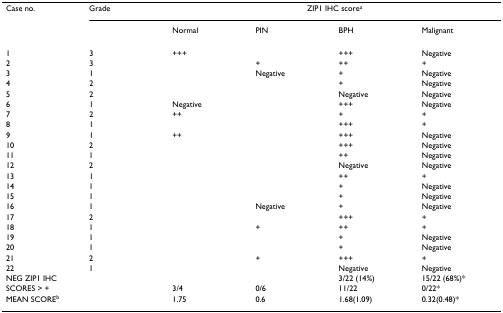
| Case no. | Grade | <COLSPAN=4> ZIP1 IHC scorea |
 |  |  | Normal | PIN | BPH | Malignant |
 | --- | --- | --- | --- | --- | --- |
 | 1 | 3 | +++ |  | +++ | Negative |
 | 2 | 3 |  | + | ++ | + |
 | 3 | 1 |  | Negative | + | Negative |
 | 4 | 2 |  |  | + | Negative |
 | 5 | 2 |  |  | Negative | Negative |
 | 6 | 1 | Negative |  | +++ | Negative |
 | 7 | 2 | ++ |  | + | + |
 | 8 | 1 |  |  | +++ | + |
 | 9 | 1 | ++ |  | +++ | Negative |
 | 10 | 2 |  |  | +++ | Negative |
 | 11 | 1 |  |  | ++ | Negative |
 | 12 | 2 |  |  | Negative | Negative |
 | 13 | 1 |  |  | ++ | + |
 | 14 | 1 |  |  | + | Negative |
 | 15 | 1 |  |  | + | Negative |
 | 16 | 1 |  | Negative | + | Negative |
 | 17 | 2 |  |  | +++ | + |
 | 18 | 1 |  | + | ++ | + |
 | 19 | 1 |  |  | + | Negative |
 | 20 | 1 |  |  | + | Negative |
 | 21 | 2 |  | + | +++ | + |
 | 22 | 1 |  |  | Negative | Negative |
 | <COLSPAN=2> NEG ZIP1 IHC |  |  | 3/22 (14%) | 15/22 (68%)* |
 | <COLSPAN=2> SCORES > + | 3/4 | 0/6 | 11/22 | 0/22* |
 | <COLSPAN=2> MEAN SCOREb | 1.75 | 0.6 | 1.68(1.09) | 0.32(0.48)* |